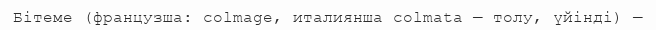
Бітеме (французша: colmage, италиянша colmata — толу, үйінді) —